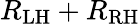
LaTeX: R_{\mathrm{LH}}+R_{\mathrm{RH}}